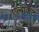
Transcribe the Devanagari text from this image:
एल्बाकेट